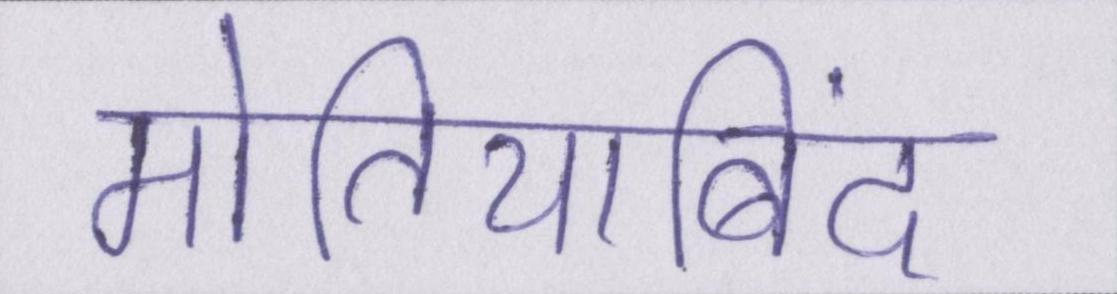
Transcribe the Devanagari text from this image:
मोतियाबिंद